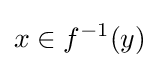
x\in f^{-1}(y)